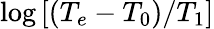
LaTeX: \log\left[{\left({{T_{e}}-{T_{0}}}\right)/{T_{1}}}\right]